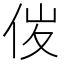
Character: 𠈦